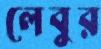
লেবুর